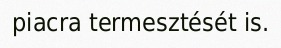
piacra termesztését is.